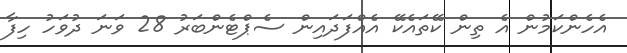
އެހެންކަމުން އެ ތިން ކޭތައެކޭ އެއްފަދައިން ސެޕްޓެންބަރު 28 ވަނަ ދުވަހު ހިފާ